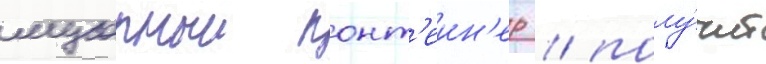
мусорныи конт'еин'ер / полу́чит